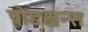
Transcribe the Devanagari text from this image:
प्रोडक्षन्स